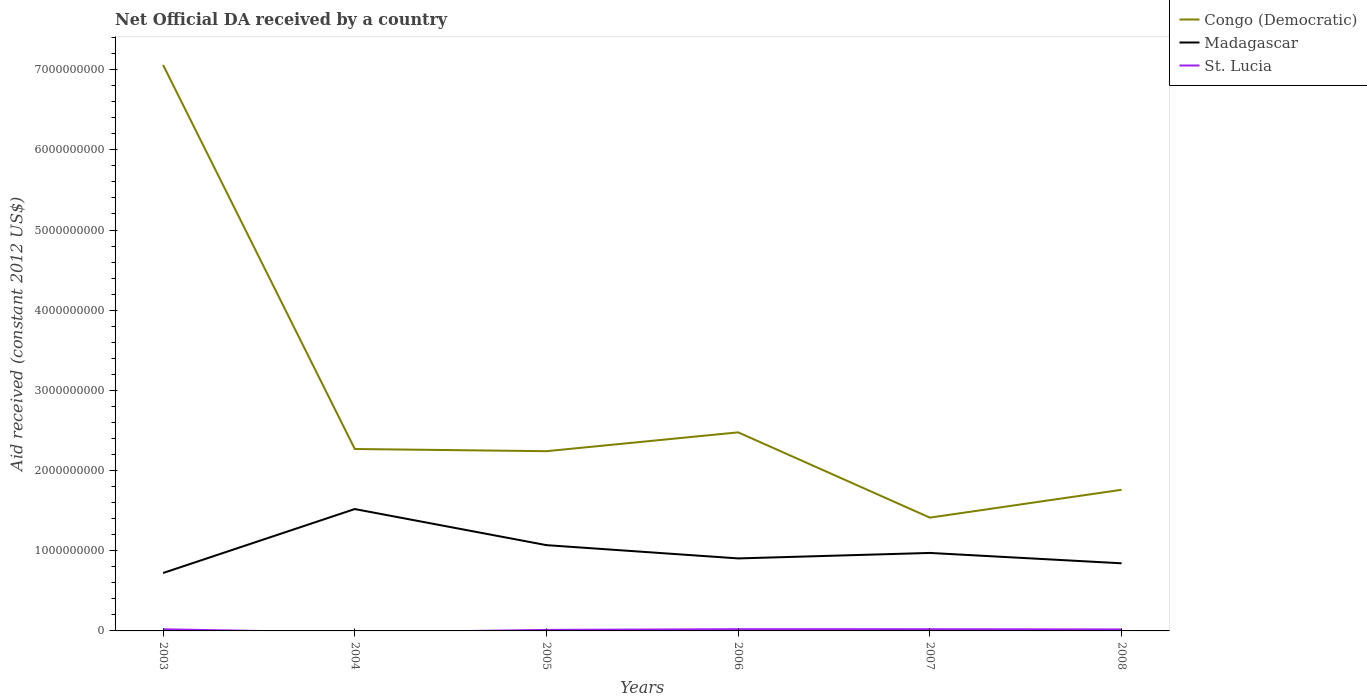
| Years | Congo (Democratic) | Madagascar | St. Lucia |
 | --- | --- | --- | --- |
 | 2003 | 7.06e+09 | 7.22e+08 | 2.05e+07 |
 | 2004 | 2.27e+09 | 1.52e+09 | -2.12e+07 |
 | 2005 | 2.24e+09 | 1.07e+09 | 1.29e+07 |
 | 2006 | 2.48e+09 | 9.04e+08 | 2.18e+07 |
 | 2007 | 1.41e+09 | 9.73e+08 | 2.13e+07 |
 | 2008 | 1.76e+09 | 8.43e+08 | 1.87e+07 |